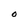
Character: 0